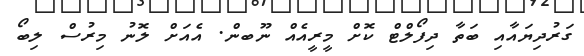
ގަރުދިޔައާއި ބަތާ ދިފޯލްޓް ކޮށް މީރީއެއް ނޫބން. އެއަށް ލޮނު މިރުސް ލިބޯ